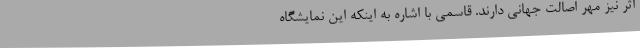
اثر نیز مهر اصالت جهانی دارند. قاسمی با اشاره به اینکه این نمایشگاه